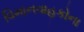
વિમાનવાહકોના